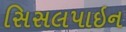
સિસલપાઇન